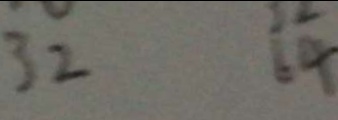
3 2 6 4